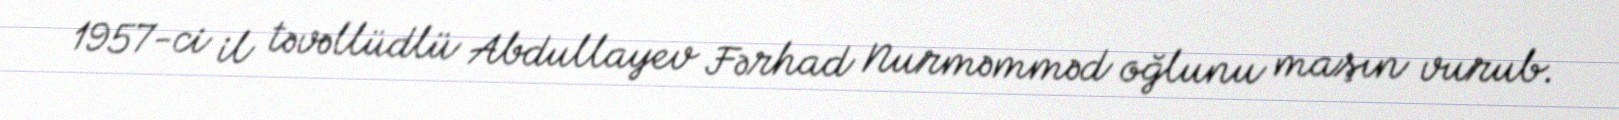
1957-ci il təvəllüdlü Abdullayev Fərhad Nurməmməd oğlunu maşın vurub.